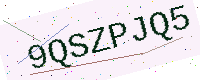
Text: 9QSZPJQ5